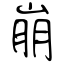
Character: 崩